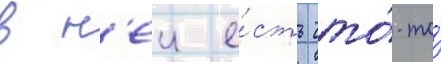
в н'еи е́сть что́-то́